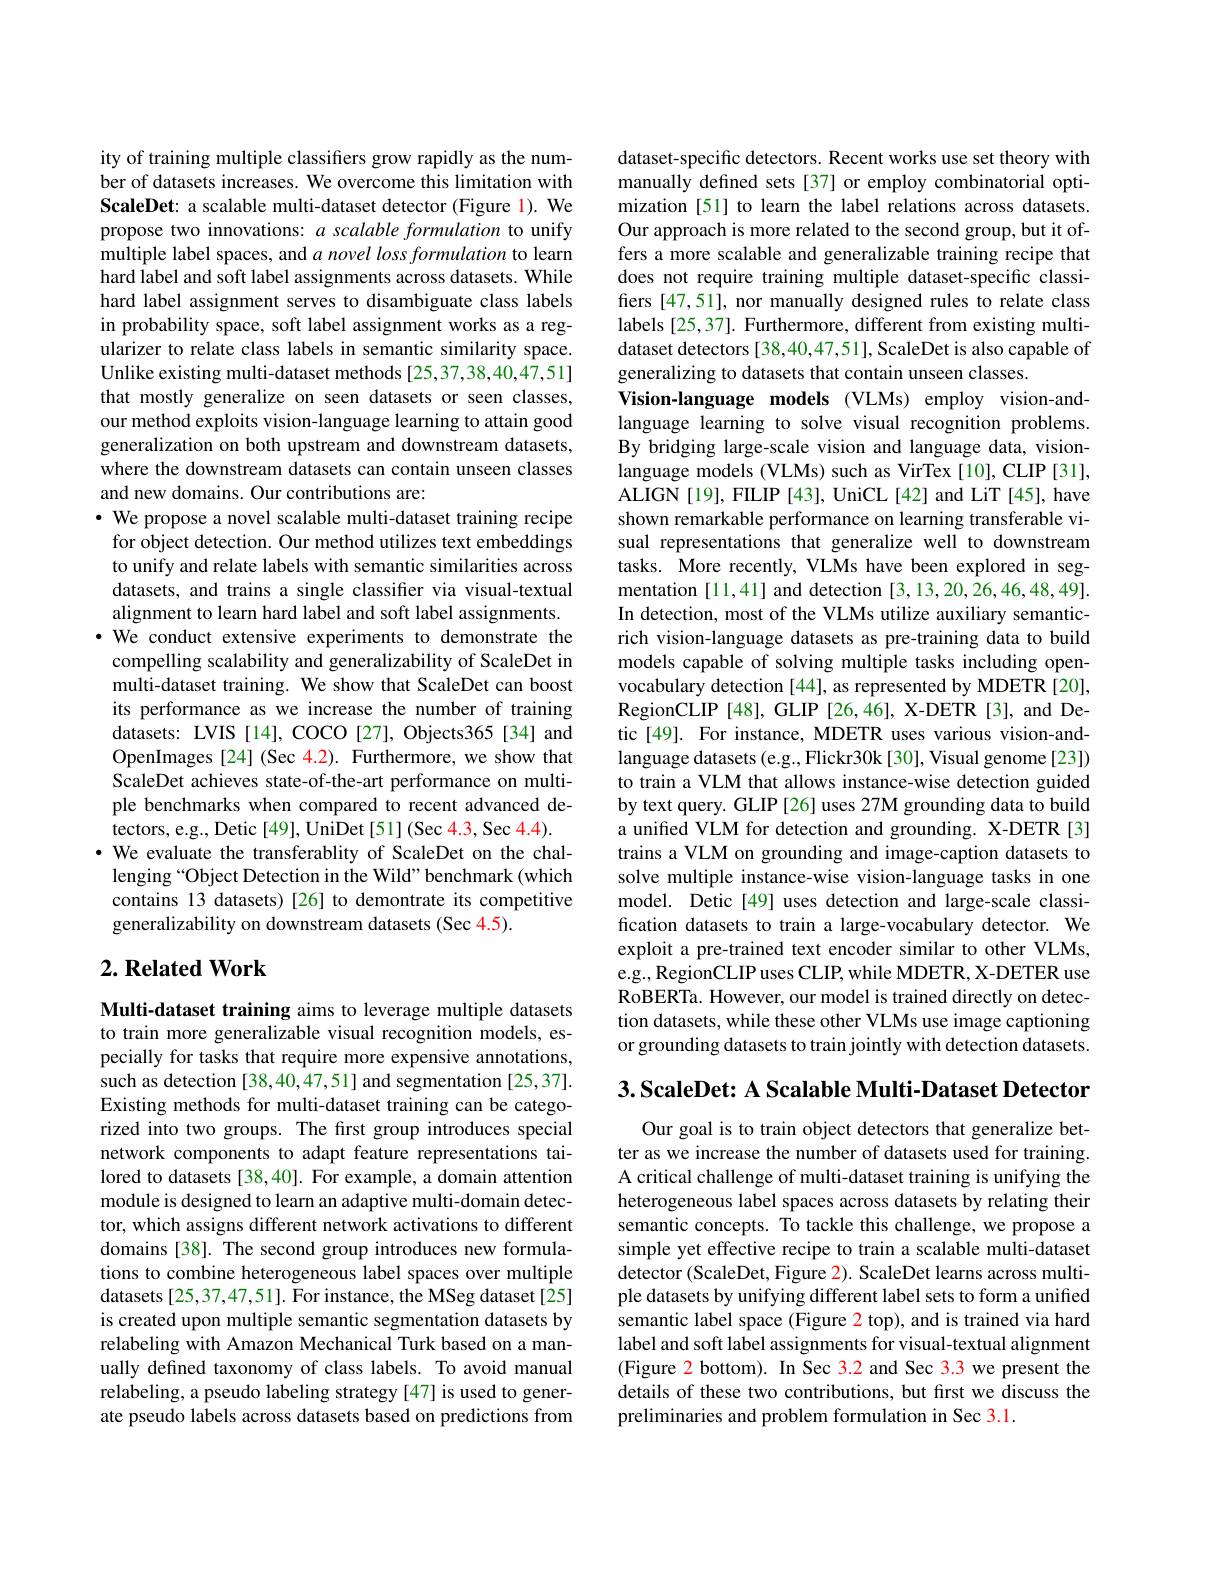
ity of training multiple classifiers grow rapidly as the number of datasets increases. We overcome this limitation with ScaleDet: a scalable multi-dataset detector (Figure 1). We propose two innovations: $a\textit{scalable formulation to unify}$ multiple label spaces, and $a$ novel loss formulation to learn hard label and soft label assignments across datasets. While hard label assignment serves to disambiguate class labels in probability space, soft label assignment works as a regularizer to relate class labels in semantic similarity space. Unlike existing multi-dataset methods [25,37,38,40,47,51] that mostly generalize on seen datasets or seen classes, our method exploits vision-language learning to attain good generalization on both upstream and downstream datasets, where the downstream datasets can contain unseen classes and new domains. Our contributions are:
· We propose a novel scalable multi-dataset training recipe for object detection. Our method utilizes text embeddings to unify and relate labels with semantic similarities across datasets, and trains a single classifier via visual-textual alignment to learn hard label and soft label assignments. ·We conduct extensive experiments to demonstrate the compelling scalability and generalizability of ScaleDet in multi-dataset training. We show that ScaleDet can boost its performance as we increase the number of training datasets: LVIS [14], COCO [27], Objects365[34] and OpenImages [24] (Sec 4.2). Furthermore, we show that ScaleDet achieves state-of-the-art performance on multiple benchmarks when compared to recent advanced de- ${\hat{\text{tectors, e.g., Detic[49], UniDet[51](Sec4.3, Sec4.4)}}}.$
· We evaluate the transferablity of ScaleDet on the challenging “Object Detection in the Wild” benchmark (which contains 13 datasets) [26] to demontrate its competitive generalizability on downstream datasets (Sec 4.5).

## $2. \textbf{Related Work}$

Multi-dataset training aims to leverage multiple datasets to train more generalizable visual recognition models, especially for tasks that require more expensive annotations, such as detection [38,40,47,51] and segmentation [25,37]. Existing methods for multi-dataset training can be categorized into two groups. The first group introduces special network components to adapt feature representations tailored to datasets [38,40]. For example, a domain attention module is designed to learn an adaptive multi-domain detector, which assigns different network activations to different domains [38]. The second group introduces new formulations to combine heterogeneous label spaces over multiple datasets [25,37,47,51]. For instance, the MSeg dataset [25] is created upon multiple semantic segmentation datasets by relabeling with Amazon Mechanical Turk based on a manually defined taxonomy of class labels. To avoid manual relabeling, a pseudo labeling strategy [47] is used to generate pseudo labels across datasets based on predictions from

dataset-specific detectors. Recent works use set theory with manually defined sets [37] or employ combinatorial optimization [51] to learn the label relations across datasets. Our approach is more related to the second group, but it offers a more scalable and generalizable training recipe that does not require training multiple dataset-specific classifiers [47,51], nor manually designed rules to relate class labels [25,37]. Furthermore, different from existing multidataset detectors [38,40,47,51], ScaleDet is also capable of generalizing to datasets that contain unseen classes.
Vision-language models (VLMs) employ vision-andlanguage learning to solve visual recognition problems. By bridging large-scale vision and language data, visionlanguage models (VLMs) such as VirTex [10], CLIP [31], ALIGN[19], FILIP [43], UniCL[42] and LiT [45], have shown remarkable performance on learning transferable visual representations that generalize well to downstream tasks. More recently, VLMs have been explored in segmentation [11,41] and detection [3,13,20,26,46,48,49]. In detection, most of the VLMs utilize auxiliary semanticrich vision-language datasets as pre-training data to build models capable of solving multiple tasks including openvocabulary detection [44], as represented by MDETR [20], RegionCLIP[48],GLIP[26,46],X-DETR[3],andDetic[49]. For instance, MDETR uses various vision-andlanguage datasets (e.g., Flickr30k [30], Visual genome [23]) to train a VLM that allows instance-wise detection guided by text query. GLIP [26] uses 27M grounding data to build a unifed VLM for detection and grounding. X-DETR [3] trains a VLM on grounding and image-caption datasets to solve multiple instance-wise vision-language tasks in one model. Detic[49] uses detection and large-scale classification datasets to train a large-vocabulary detector. We exploit a pre-trained text encoder similar to other VLMs, e.g., RegionCLIP uses CLIP, while MDETR, X-DETER use RoBERTa. However, our model is trained directly on detection datasets, while these other VLMs use image captioning or grounding datasets to train jointly with detection datasets.

3. ScaleDet: A Scalable Multi- Dataset Detector

Our goal is to train object detectors that generalize better as we increase the number of datasets used for training. A critical challenge of multi-dataset training is unifying the heterogeneous label spaces across datasets by relating their semantic concepts. To tackle this challenge, we propose a simple yet effective recipe to train a scalable multi-dataset detector (ScaleDet, Figure 2). ScaleDet learns across multiple datasets by unifying different label sets to form a unified semantic label space (Figure 2 top), and is trained via hard label and soft label assignments for visual-textual alignment (Figure 2 bottom). In Sec 3.2 and Sec 3.3 we present the details of these two contributions, but first we discuss the preliminaries and problem formulation in Sec 3.1.